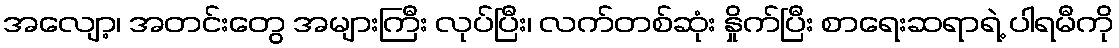
အလျော့၊ အတင်းတွေ အများကြီး လုပ်ပြီး၊ လက်တစ်ဆုံး နှိုက်ပြီး စာရေးဆရာရဲ့ ပါရမီကို